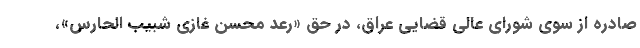
صادره از سوی شورای عالی قضایی عراق، در حق «رعد محسن غازی شبیب الحارس»،